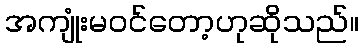
အကျုံးမဝင်တော့ဟုဆိုသည်။